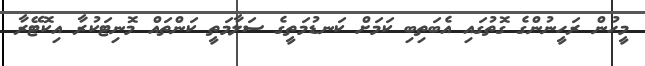
މީހުން ރަހީނުންގެ ގޮތުގައި އެބަތިބި ކަމަށް ކަނޑުމަތީގެ ސަލާމަތީ ކަންތައް މޮނިޓަކުރާ އިކޮޓޭރާ